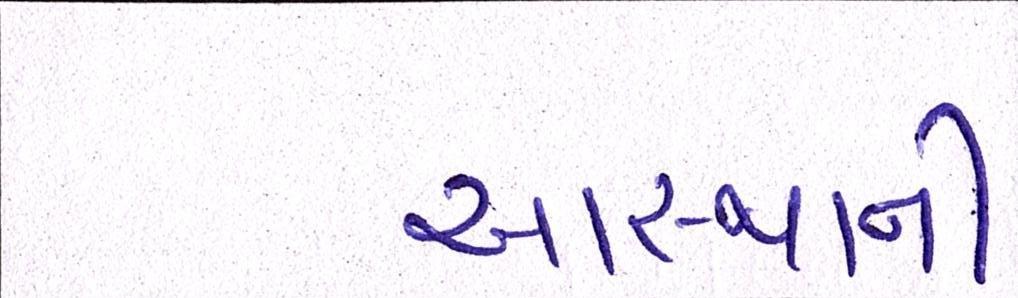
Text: આસ્થાની